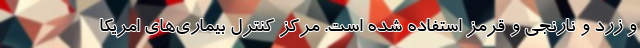
و زرد و نارنجی و قرمز استفاده شده است. مرکز کنترل بیماری‌های امریکا